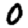
Digit: 0